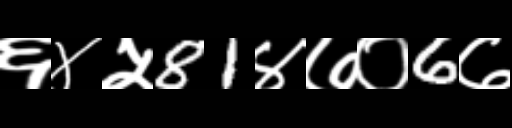
Text: ६४५81४७०6७